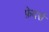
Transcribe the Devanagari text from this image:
फ़ेदर्स